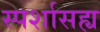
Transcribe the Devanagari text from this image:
स्पर्शासह्य